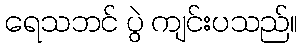
ရေသဘင် ပွဲ ကျင်းပသည်။